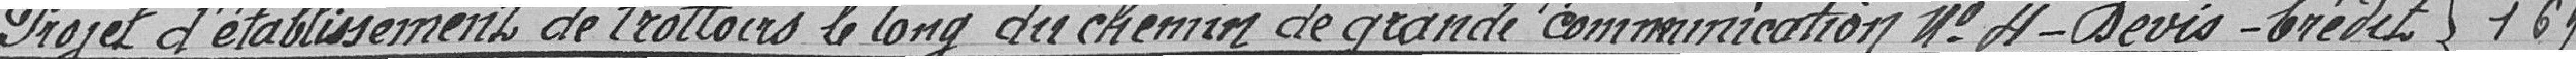
Projet d'établissement de trottoirs le long du chemin de grande commnunication n° 4-Devis-Crédit                    169